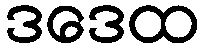
ဒဒေထ